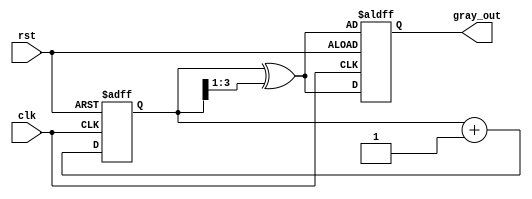
module gray_code_counter (
    input wire clk,          // Clock signal
    input wire rst,          // Asynchronous reset signal
    output reg [3:0] gray_out // Gray code output (4-bit)
);

    reg [3:0] bin_count; // Internal binary counter

    // Gray code conversion function
    function [3:0] binary_to_gray;
        input [3:0] binary;
        begin
            binary_to_gray = binary ^ (binary >> 1);
        end
    endfunction

    // Sequential logic for counting
    always @(posedge clk or posedge rst) begin
        if (rst) begin
            bin_count <= 4'b0000; // Initialize binary counter to 0
            gray_out <= binary_to_gray(bin_count); // Update Gray code output
        end else begin
            bin_count <= bin_count + 1; // Increment binary counter
            gray_out <= binary_to_gray(bin_count); // Update Gray code output
        end
    end

endmodule